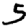
Digit: 5